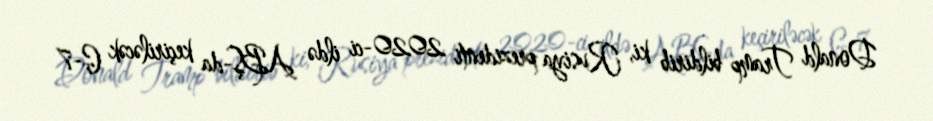
Donald Tramp bildirib ki, Rusiya prezidenti 2020-ci ildə ABŞ-da keçiriləcək G-7